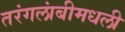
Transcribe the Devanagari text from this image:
तरंगलांबीमधली